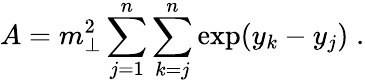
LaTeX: A=m_{\perp}^{2}\sum_{j=1}^{n}\sum_{k=j}^{n}\exp(y_{k}-y_{j})\; .